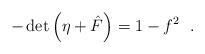
LaTeX: \begin{align*}- \det \left(\eta + {\hat{F}} \right) = 1 - f^2~~.\end{align*}